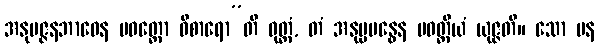
အနုမဇ္ဇနဘာဝေန ပဝတ္တော ဝိစာရော”တိ ဝုတ္တံ, တံ အနုပ္ပဗန္ဓေန ပဝတ္တိယံ ယုဇ္ဇတိ။ သော ပန